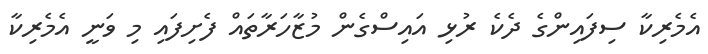
އެމެރިކާ ސިފައިންގެ ދެކެ ރުޅި އައިސްގެން މުޒާހަރާތައް ފެށިފައި މި ވަނީ އެމެރިކާ